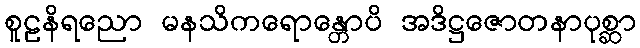
စူဠနိရညော မနသိကရောန္တောပိ အဒိဋ္ဌဇောတနာပုစ္ဆာ